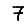
Digit: 7